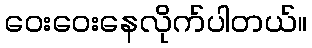
ဝေးဝေးနေလိုက်ပါတယ်။